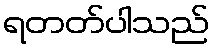
ရတတ်ပါသည်